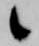
候